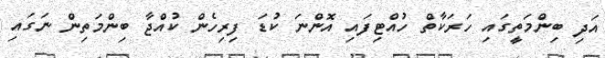
އަދި ބިންމަތީގައި ހަރަކާތް ހުއްޓިފައި އޮންނަ ކުޑަ ފިރިހެން ކުއްޖާ ބިންމަތިން ނަގައި